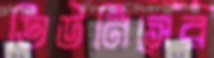
তিউনিসের